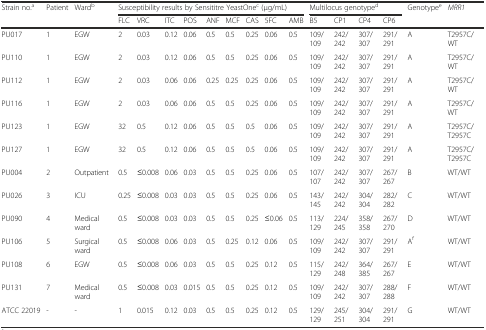
<table><thead><tr><td rowspan="2"><b>Strain no.<sup>a</sup></b></td><td rowspan="2"><b>Patient</b></td><td rowspan="2"><b>Ward<sup>b</sup></b></td><td colspan="9"><b>Susceptibility results by Sensititre YeastOne<sup>c</sup> (μg/mL)</b></td><td colspan="4"><b>Multilocus genotype<sup>d</sup></b></td><td rowspan="2"><b>Genotype<sup>e</sup></b></td><td rowspan="2"><b><i>MRR1</i></b></td></tr><tr><td><b>FLC</b></td><td><b>VRC</b></td><td><b>ITC</b></td><td><b>POS</b></td><td><b>ANF</b></td><td><b>MCF</b></td><td><b>CAS</b></td><td><b>5FC</b></td><td><b>AMB</b></td><td><b>B5</b></td><td><b>CP1</b></td><td><b>CP4</b></td><td><b>CP6</b></td></tr></thead><tbody><tr><td>PU017</td><td>1</td><td>EGW</td><td>2</td><td>0.03</td><td>0.12</td><td>0.06</td><td>0.5</td><td>0.5</td><td>0.25</td><td>0.06</td><td>0.5</td><td>109/109</td><td>242/242</td><td>307/307</td><td>291/291</td><td>A</td><td>T2957C/WT</td></tr><tr><td>PU110</td><td>1</td><td>EGW</td><td>2</td><td>0.03</td><td>0.12</td><td>0.06</td><td>0.5</td><td>0.5</td><td>0.25</td><td>0.06</td><td>0.5</td><td>109/109</td><td>242/242</td><td>307/307</td><td>291/291</td><td>A</td><td>T2957C/WT</td></tr><tr><td>PU112</td><td>1</td><td>EGW</td><td>2</td><td>0.03</td><td>0.06</td><td>0.06</td><td>0.25</td><td>0.25</td><td>0.25</td><td>0.06</td><td>0.5</td><td>109/109</td><td>242/242</td><td>307/307</td><td>291/291</td><td>A</td><td>T2957C/WT</td></tr><tr><td>PU116</td><td>1</td><td>EGW</td><td>2</td><td>0.03</td><td>0.06</td><td>0.06</td><td>0.5</td><td>0.5</td><td>0.25</td><td>0.06</td><td>0.5</td><td>109/109</td><td>242/242</td><td>307/307</td><td>291/291</td><td>A</td><td>T2957C/WT</td></tr><tr><td>PU123</td><td>1</td><td>EGW</td><td>32</td><td>0.5</td><td>0.12</td><td>0.06</td><td>0.5</td><td>0.5</td><td>0.5</td><td>0.06</td><td>0.5</td><td>109/109</td><td>242/242</td><td>307/307</td><td>291/291</td><td>A</td><td>T2957C/T2957C</td></tr><tr><td>PU127</td><td>1</td><td>EGW</td><td>32</td><td>0.5</td><td>0.12</td><td>0.06</td><td>0.5</td><td>0.5</td><td>0.5</td><td>0.06</td><td>0.5</td><td>109/109</td><td>242/242</td><td>307/307</td><td>291/291</td><td>A</td><td>T2957C/T2957C</td></tr><tr><td>PU004</td><td>2</td><td>Outpatient</td><td>0.5</td><td>≤0.008</td><td>0.06</td><td>0.03</td><td>0.5</td><td>0.5</td><td>0.25</td><td>0.06</td><td>0.5</td><td>107/107</td><td>242/242</td><td>307/307</td><td>267/267</td><td>B</td><td>WT/WT</td></tr><tr><td>PU026</td><td>3</td><td>ICU</td><td>0.25</td><td>≤0.008</td><td>0.03</td><td>0.03</td><td>0.5</td><td>0.5</td><td>0.25</td><td>0.06</td><td>0.5</td><td>143/145</td><td>242/242</td><td>304/304</td><td>282/282</td><td>C</td><td>WT/WT</td></tr><tr><td>PU090</td><td>4</td><td>Medical ward</td><td>0.5</td><td>≤0.008</td><td>0.03</td><td>0.03</td><td>0.5</td><td>0.5</td><td>0.25</td><td>≤0.06</td><td>0.5</td><td>113/129</td><td>224/245</td><td>358/358</td><td>267/270</td><td>D</td><td>WT/WT</td></tr><tr><td>PU106</td><td>5</td><td>Surgical ward</td><td>0.5</td><td>≤0.008</td><td>0.06</td><td>0.03</td><td>0.5</td><td>0.25</td><td>0.12</td><td>0.06</td><td>0.5</td><td>109/109</td><td>242/242</td><td>307/307</td><td>291/291</td><td>A<sup>f</sup></td><td>WT/WT</td></tr><tr><td>PU108</td><td>6</td><td>EGW</td><td>0.5</td><td>≤0.008</td><td>0.06</td><td>0.03</td><td>0.5</td><td>0.5</td><td>0.25</td><td>0.12</td><td>0.5</td><td>115/129</td><td>242/248</td><td>364/385</td><td>267/267</td><td>E</td><td>WT/WT</td></tr><tr><td>PU131</td><td>7</td><td>Medical ward</td><td>0.5</td><td>≤0.008</td><td>0.03</td><td>0.015</td><td>0.5</td><td>0.5</td><td>0.25</td><td>0.12</td><td>0.5</td><td>109/109</td><td>242/242</td><td>307/307</td><td>288/288</td><td>F</td><td>WT/WT</td></tr><tr><td>ATCC 22019</td><td>-</td><td>-</td><td>1</td><td>0.015</td><td>0.12</td><td>0.03</td><td>0.5</td><td>0.5</td><td>0.25</td><td>0.12</td><td>0.5</td><td>129/129</td><td>245/251</td><td>304/304</td><td>291/291</td><td>G</td><td>WT/WT</td></tr></tbody></table>